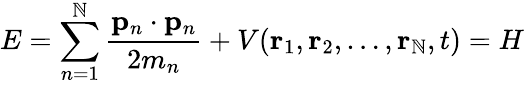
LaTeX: E=\sum_{n=1}^{\mathbb{N}}{\frac{{\mathbf{{p}}_{n}\cdot\mathbf{{p}}_{n}}}{{2m_{n}}}}+V(\mathbf{{r}}_{1},\mathbf{{r}}_{2},\ldots,\mathbf{{r}}_{\mathbb{N}},t)=H\,